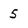
Character: 5